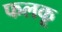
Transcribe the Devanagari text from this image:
फलकू